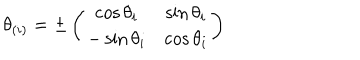
\theta _ { ( i ) } = \pm \left( \begin{matrix} { { \cos \theta _ { i } } } & { { \sin \theta _ { i } } } \\ { { - \sin \theta _ { i } } } & { { \cos \theta _ { i } } } \\ \end{matrix} \right)